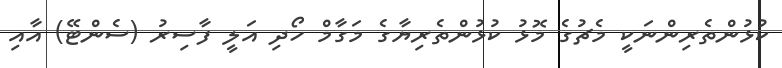
ކުޅުންތެރިންނަކީ މެޗުގެ މޮޅު ކުޅުންތެރިޔާގެ މަގާމް ހޯދި އަލީ ފާސިރު (ސެންޓޭ) އާއި